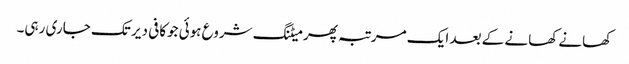
کھانے کھانے کے بعد ایک مرتبہ پھر میٹنگ شروع ہوئی جوکافی دیر تک جاری رہی۔